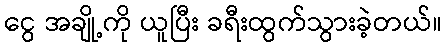
ငွေ အချို့ကို ယူပြီး ခရီးထွက်သွားခဲ့တယ်။